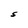
Character: S